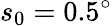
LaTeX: s_{0}=0.5^{\circ}